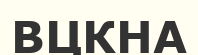
ВЦКНА